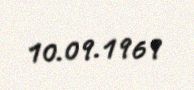
10.09.1969